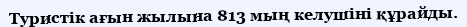
Туристік ағын жылына 813 мың келушіні құрайды.